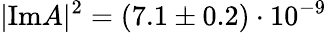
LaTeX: |\mathrm{Im}A|^{2}=(7.1\pm 0.2)\cdot 10^{-9}